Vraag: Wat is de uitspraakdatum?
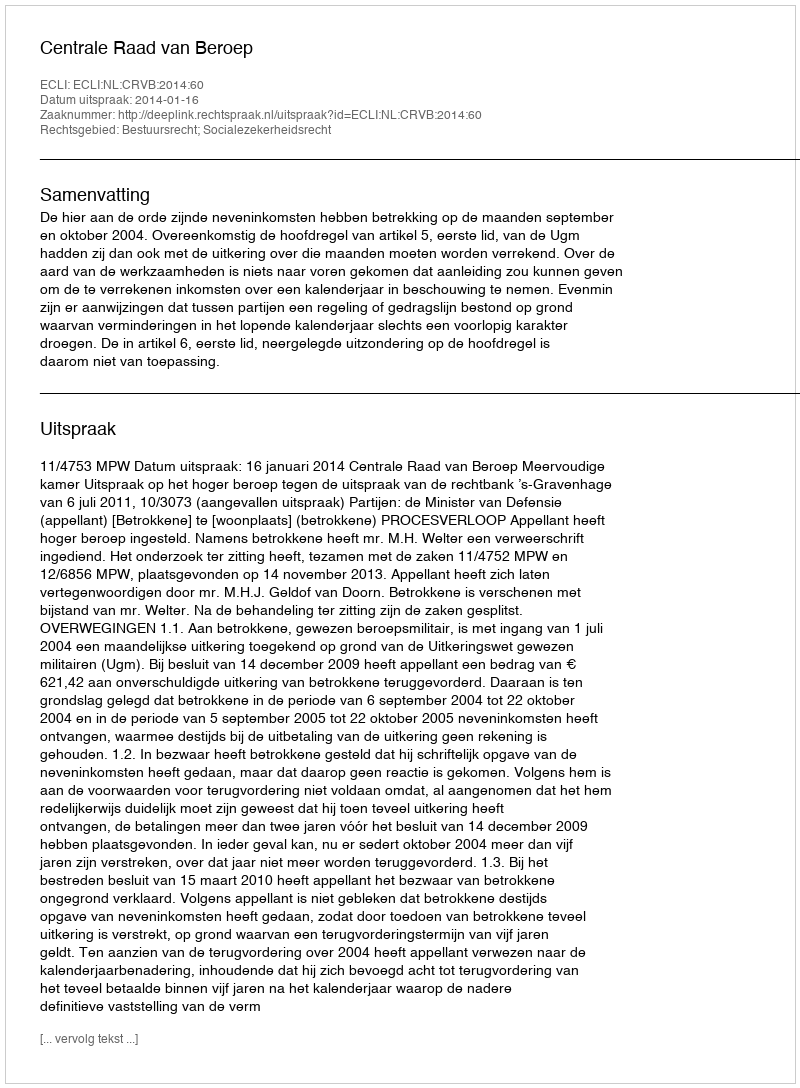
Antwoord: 2014-01-16